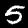
Label: 5